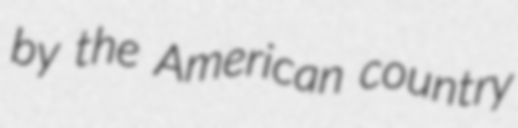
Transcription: by the American country